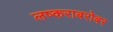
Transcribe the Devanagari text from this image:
लष्कराबरोबर